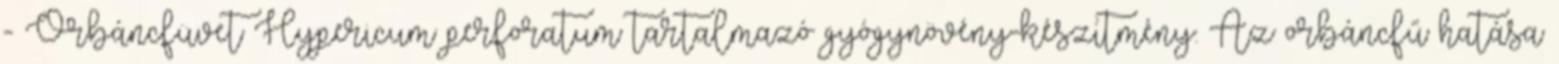
- Orbáncfüvet Hypericum perforatum tartalmazó gyógynövény-készítmény. Az orbáncfű hatása